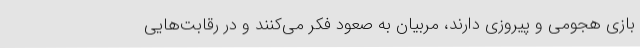
بازی هجومی و پیروزی دارند، مربیان به صعود فکر می‌کنند و در رقابت‌هایی